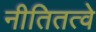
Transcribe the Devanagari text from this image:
नीतितत्वे